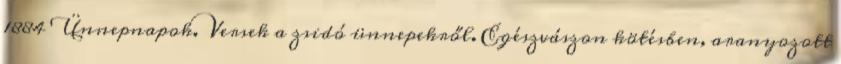
1884 Ünnepnapok. Versek a zsidó ünnepekről. Egészvászon kötésben, aranyozott